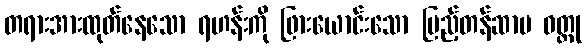
တရားအားထုတ်နေသော ရဟန်းကို ဖြားယောင်းသော ပြည့်တန်ဆာမ ဝတ္ထု